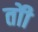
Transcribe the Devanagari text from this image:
तोी